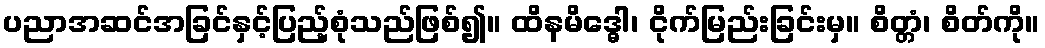
ပညာအဆင်အခြင်နှင့်ပြည့်စုံသည်ဖြစ်၍။ ထိနမိဒ္ဓေါ၊ ငိုက်မြည်းခြင်းမှ။ စိတ္တံ၊ စိတ်ကို။